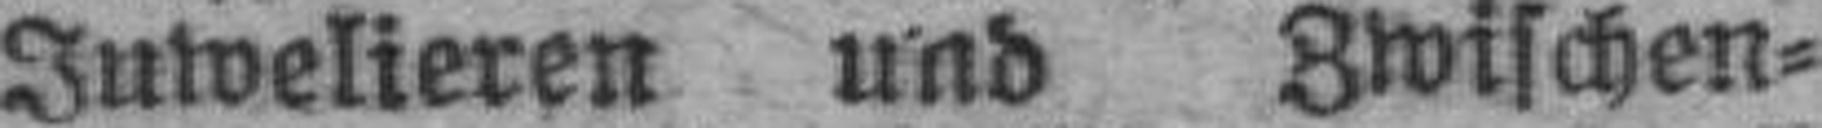
Juwelieren und Zwischen¬